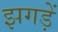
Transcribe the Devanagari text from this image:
झगड़ें